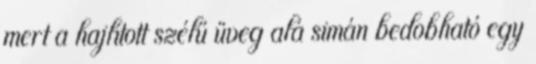
mert a hajlított szélű üveg alá simán bedobható egy